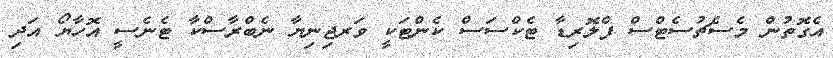
އެގޮތުން މެސެޗުުސެޓްސް ފްލޮރިޑާ ޓެކްސަސް ކެންޓަކީ ވަރޖިނިޔާ ނެބްރާސްކާ ޓެނެސީ އޮހާޔޯ އަދި